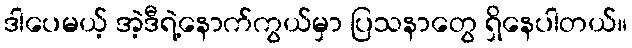
ဒါပေမယ့် အဲ့ဒီရဲ့နောက်ကွယ်မှာ ပြသနာတွေ ရှိနေပါတယ်။